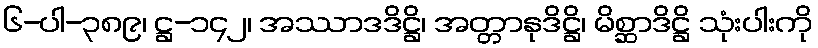
၆-ပါ-၃၈၉၊ ဋ္ဌ-၁၄၂၊ အဿာဒဒိဋ္ဌိ၊ အတ္တာနုဒိဋ္ဌိ၊ မိစ္ဆာဒိဋ္ဌိ သုံးပါးကို